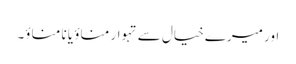
اور میرے خیال سے تہوار مناؤ یا نا مناؤ۔